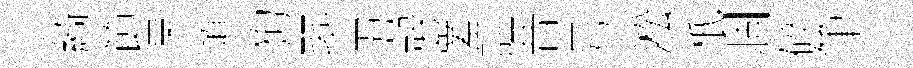
綺節杲澒狗翆丑慤嵳謚昔号淞柢涸碎筆